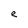
Character: e